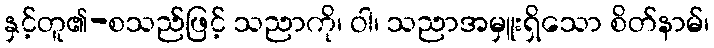
နှင့်တူ၏-စသည်ဖြင့် သညာကို၊ ဝါ၊ သညာအမှူးရှိသော စိတ်နာမ်၊